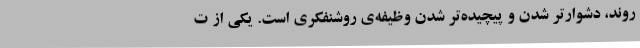
روند،‌ دشوارتر شدن و پیچیده‌تر شدن وظیفه‌ی روشنفکری است. یکی از ت